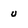
Character: u